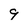
Character: 9